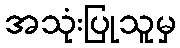
အသုံးပြုသူမှ